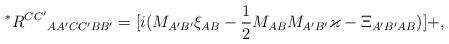
\begin{align*}^{\ast }R^{CC^{\prime }}{}_{AA^{\prime }CC^{\prime }BB^{\prime}}=[i(M_{A^{\prime }B^{\prime }}\xi _{AB}-\frac{1}{2}M_{AB}M_{A^{\prime}B^{\prime }}\varkappa -\Xi _{A^{\prime }B^{\prime }AB})]+,\end{align*}